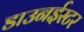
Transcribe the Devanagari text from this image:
डाउनईस्टर